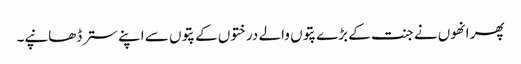
پھر انھوں نے جنت کے بڑے پتوں والے درختوں کے پتوں سے اپنے ستر ڈھانپے۔